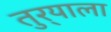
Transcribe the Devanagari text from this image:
तुर्‍याला